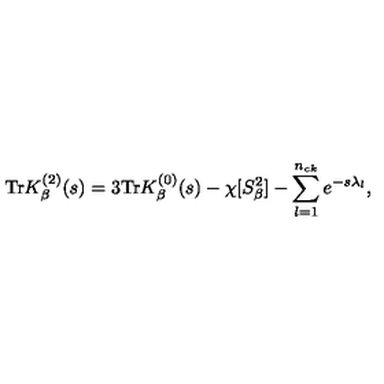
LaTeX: \mathrm { T r } K _ { \beta } ^ { ( 2 ) } ( s ) = 3 \mathrm { T r } K _ { \beta } ^ { ( 0 ) } ( s ) - \chi [ S _ { \beta } ^ { 2 } ] - \sum _ { l = 1 } ^ { n _ { c k } } e ^ { - s \lambda _ { l } } ,